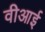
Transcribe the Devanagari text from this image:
वीआई